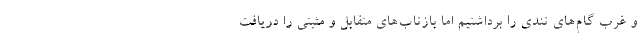
و غرب گام‌های تندی را برداشتیم اما بازتاب‌های متقابل و مثبتی را دریافت